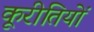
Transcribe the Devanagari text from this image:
कूरीतियों